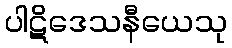
ပါဋိဒေသနီယေသု